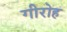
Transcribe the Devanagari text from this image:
गीरोह